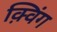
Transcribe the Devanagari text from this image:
क़्विंग